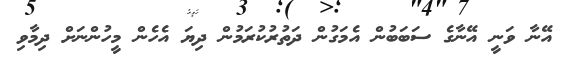
އޭނާ ވަނީ އޭނާގެ ސަބަބުން އެމަގުން ދަތުރުކުރަމުން ދިޔަ އެހެން މީހުންނަށް ދިމާވި